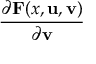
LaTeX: \frac { \partial \mathbf { F } ( x , \mathbf { u } , \mathbf { v } ) } { \partial \mathbf { v } }